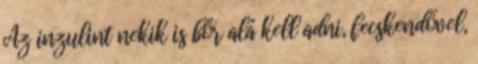
Az inzulint nekik is bőr alá kell adni, fecskendővel,